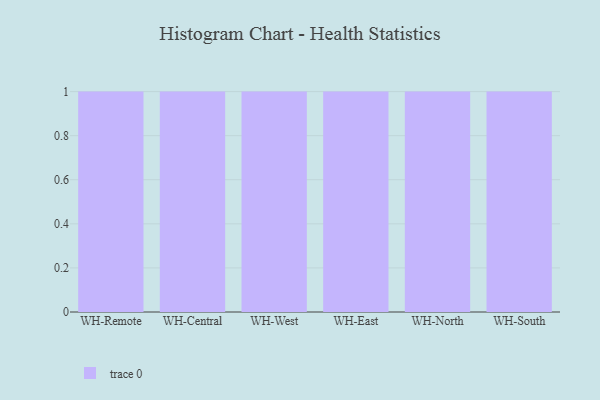
{"axis": {"x": "Warehouse", "y": "Inventory Turnover"}, "legend": [""], "data": [{"x": "WH-Remote", "y": 99, "type": ""}, {"x": "WH-Central", "y": 90, "type": ""}, {"x": "WH-West", "y": 39, "type": ""}, {"x": "WH-East", "y": 1, "type": ""}, {"x": "WH-North", "y": 82, "type": ""}, {"x": "WH-South", "y": 37, "type": ""}]}